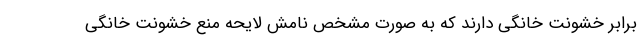
برابر خشونت خانگی دارند که به صورت مشخص نامش لایحه منع خشونت خانگی